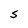
Character: S